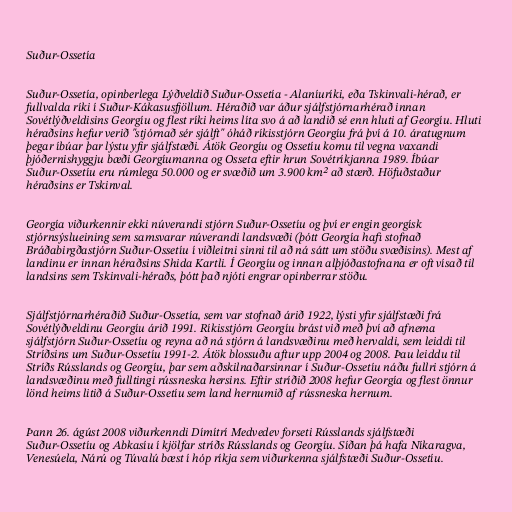
Suður-Ossetía

Suður-Ossetía, opinberlega Lýðveldið Suður-Ossetía - Alaníuríki, eða Tskinvali-hérað, er
fullvalda ríki í Suður-Kákasusfjöllum. Héraðið var áður sjálfstjórnarhérað innan
Sovétlýðveldisins Georgíu og flest ríki heims líta svo á að landið sé enn hluti af Georgíu. Hluti
héraðsins hefur verið "stjórnað sér sjálft" óháð ríkisstjórn Georgíu frá því á 10. áratugnum
þegar íbúar þar lýstu yfir sjálfstæði. Átök Georgíu og Ossetíu komu til vegna vaxandi
þjóðernishyggju bæði Georgíumanna og Osseta eftir hrun Sovétríkjanna 1989. Íbúar
Suður-Ossetíu eru rúmlega 50.000 og er svæðið um 3.900 km² að stærð. Höfuðstaður
héraðsins er Tskinval.

Georgía viðurkennir ekki núverandi stjórn Suður-Ossetíu og því er engin georgísk
stjórnsýslueining sem samsvarar núverandi landsvæði (þótt Georgía hafi stofnað
Bráðabirgðastjórn Suður-Ossetíu í viðleitni sinni til að ná sátt um stöðu svæðisins). Mest af
landinu er innan héraðsins Shida Kartli. Í Georgíu og innan alþjóðastofnana er oft vísað til
landsins sem Tskinvali-héraðs, þótt það njóti engrar opinberrar stöðu.

Sjálfstjórnarhéraðið Suður-Ossetía, sem var stofnað árið 1922, lýsti yfir sjálfstæði frá
Sovétlýðveldinu Georgíu árið 1991. Ríkisstjórn Georgíu brást við með því að afnema
sjálfstjórn Suður-Ossetíu og reyna að ná stjórn á landsvæðinu með hervaldi, sem leiddi til
Stríðsins um Suður-Ossetíu 1991-2. Átök blossuðu aftur upp 2004 og 2008. Þau leiddu til
Stríðs Rússlands og Georgíu, þar sem aðskilnaðarsinnar í Suður-Ossetíu náðu fullri stjórn á
landsvæðinu með fulltingi rússneska hersins. Eftir stríðið 2008 hefur Georgía og flest önnur
lönd heims litið á Suður-Ossetíu sem land hernumið af rússneska hernum.

Þann 26. ágúst 2008 viðurkenndi Dímítrí Medvedev forseti Rússlands sjálfstæði
Suður-Ossetíu og Abkasíu í kjölfar stríðs Rússlands og Georgíu. Síðan þá hafa Níkaragva,
Venesúela, Nárú og Túvalú bæst í hóp ríkja sem viðurkenna sjálfstæði Suður-Ossetíu.